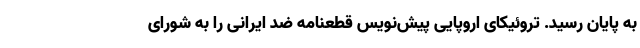
به پایان رسید. تروئیکای اروپایی پیش‌نویس قطعنامه ضد ایرانی را به شورای